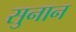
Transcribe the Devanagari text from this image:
सुनान